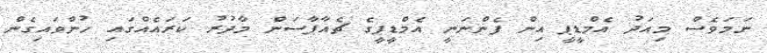
ނަމަވެސް މިއަދު އެމްޑީޕީ އިން ފެންނަނީ އެމްޑީޕީގެ ޗެއާޕާސަން މާދުރު ކަރައެއްގައި ހުންވައިގެން